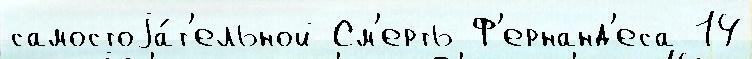
самостоjа́т'ельной См'ерть Ф'ернанд'еса 14